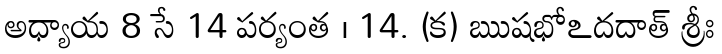
అధ్యాయ 8 సే 14 పర్యంత । 14. (క) ఋషభోఽదదాత్ శ్రీః